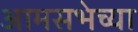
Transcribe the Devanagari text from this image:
आमसभेच्या